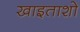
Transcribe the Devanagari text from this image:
खाइताशो